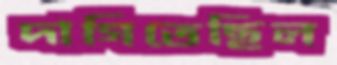
দাগিতেছিল